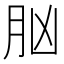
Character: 𦙞